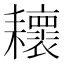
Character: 耲